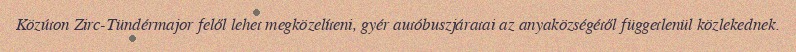
Közúton Zirc-Tündérmajor felől lehet megközelíteni, gyér autóbuszjáratai az anyaközségétől függetlenül közlekednek.